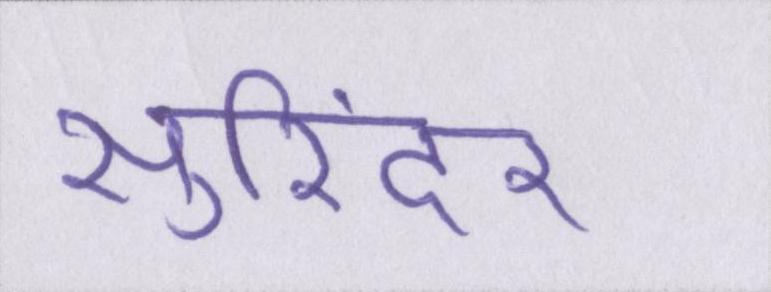
सुरिंदर